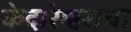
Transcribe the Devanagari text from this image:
केदारेश्वराचा